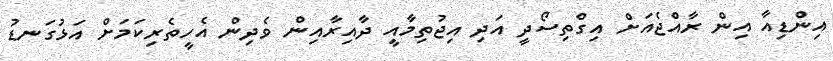
އިންޑިއާ އިން ރާއްޖެއަށް އިގްތިސޯދީ އަދި އިޖުތިމާއީ ދާއިރާއިން ވެދިން އެހީތެރިކަމަށް އަޅުގަނޑު